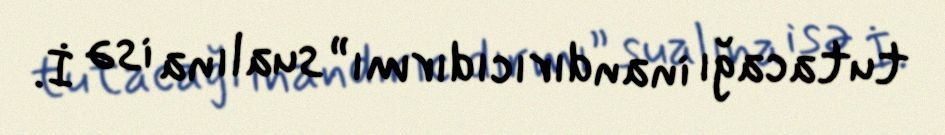
tutacağı inandırıcıdırmı” sualına isə İ.